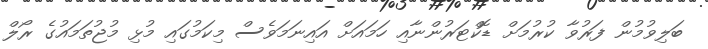
ބަލިވުމުން ފަރުވާ ކުރުމަށް ޑޮކްޓަރުންނާއި ހަމައަށް އައިނަމަވެސް މިކަމުގައި މުޅި މުޖުތަމައުގެ ރޯލް